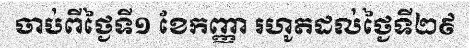
ចាប់ពីថ្ងៃទី១ ខែកញ្ញា រហូតដល់ថ្ងៃទី២៩